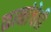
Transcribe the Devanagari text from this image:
कानांचेही